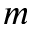
m